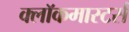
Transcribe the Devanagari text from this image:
क्लाॅकमास्टर्स